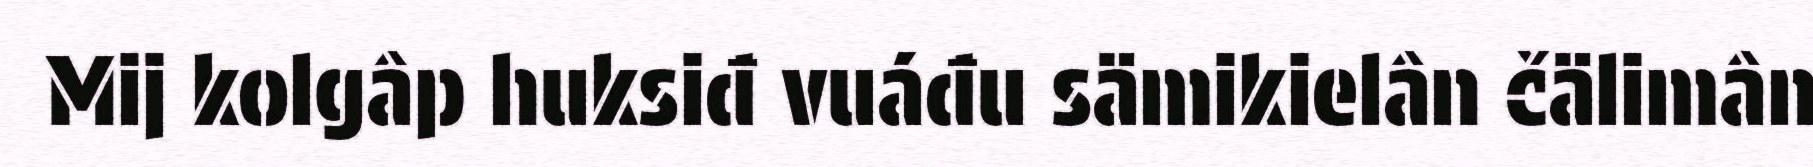
Mij kolgâp huksiđ vuáđu sämikielân čälimân